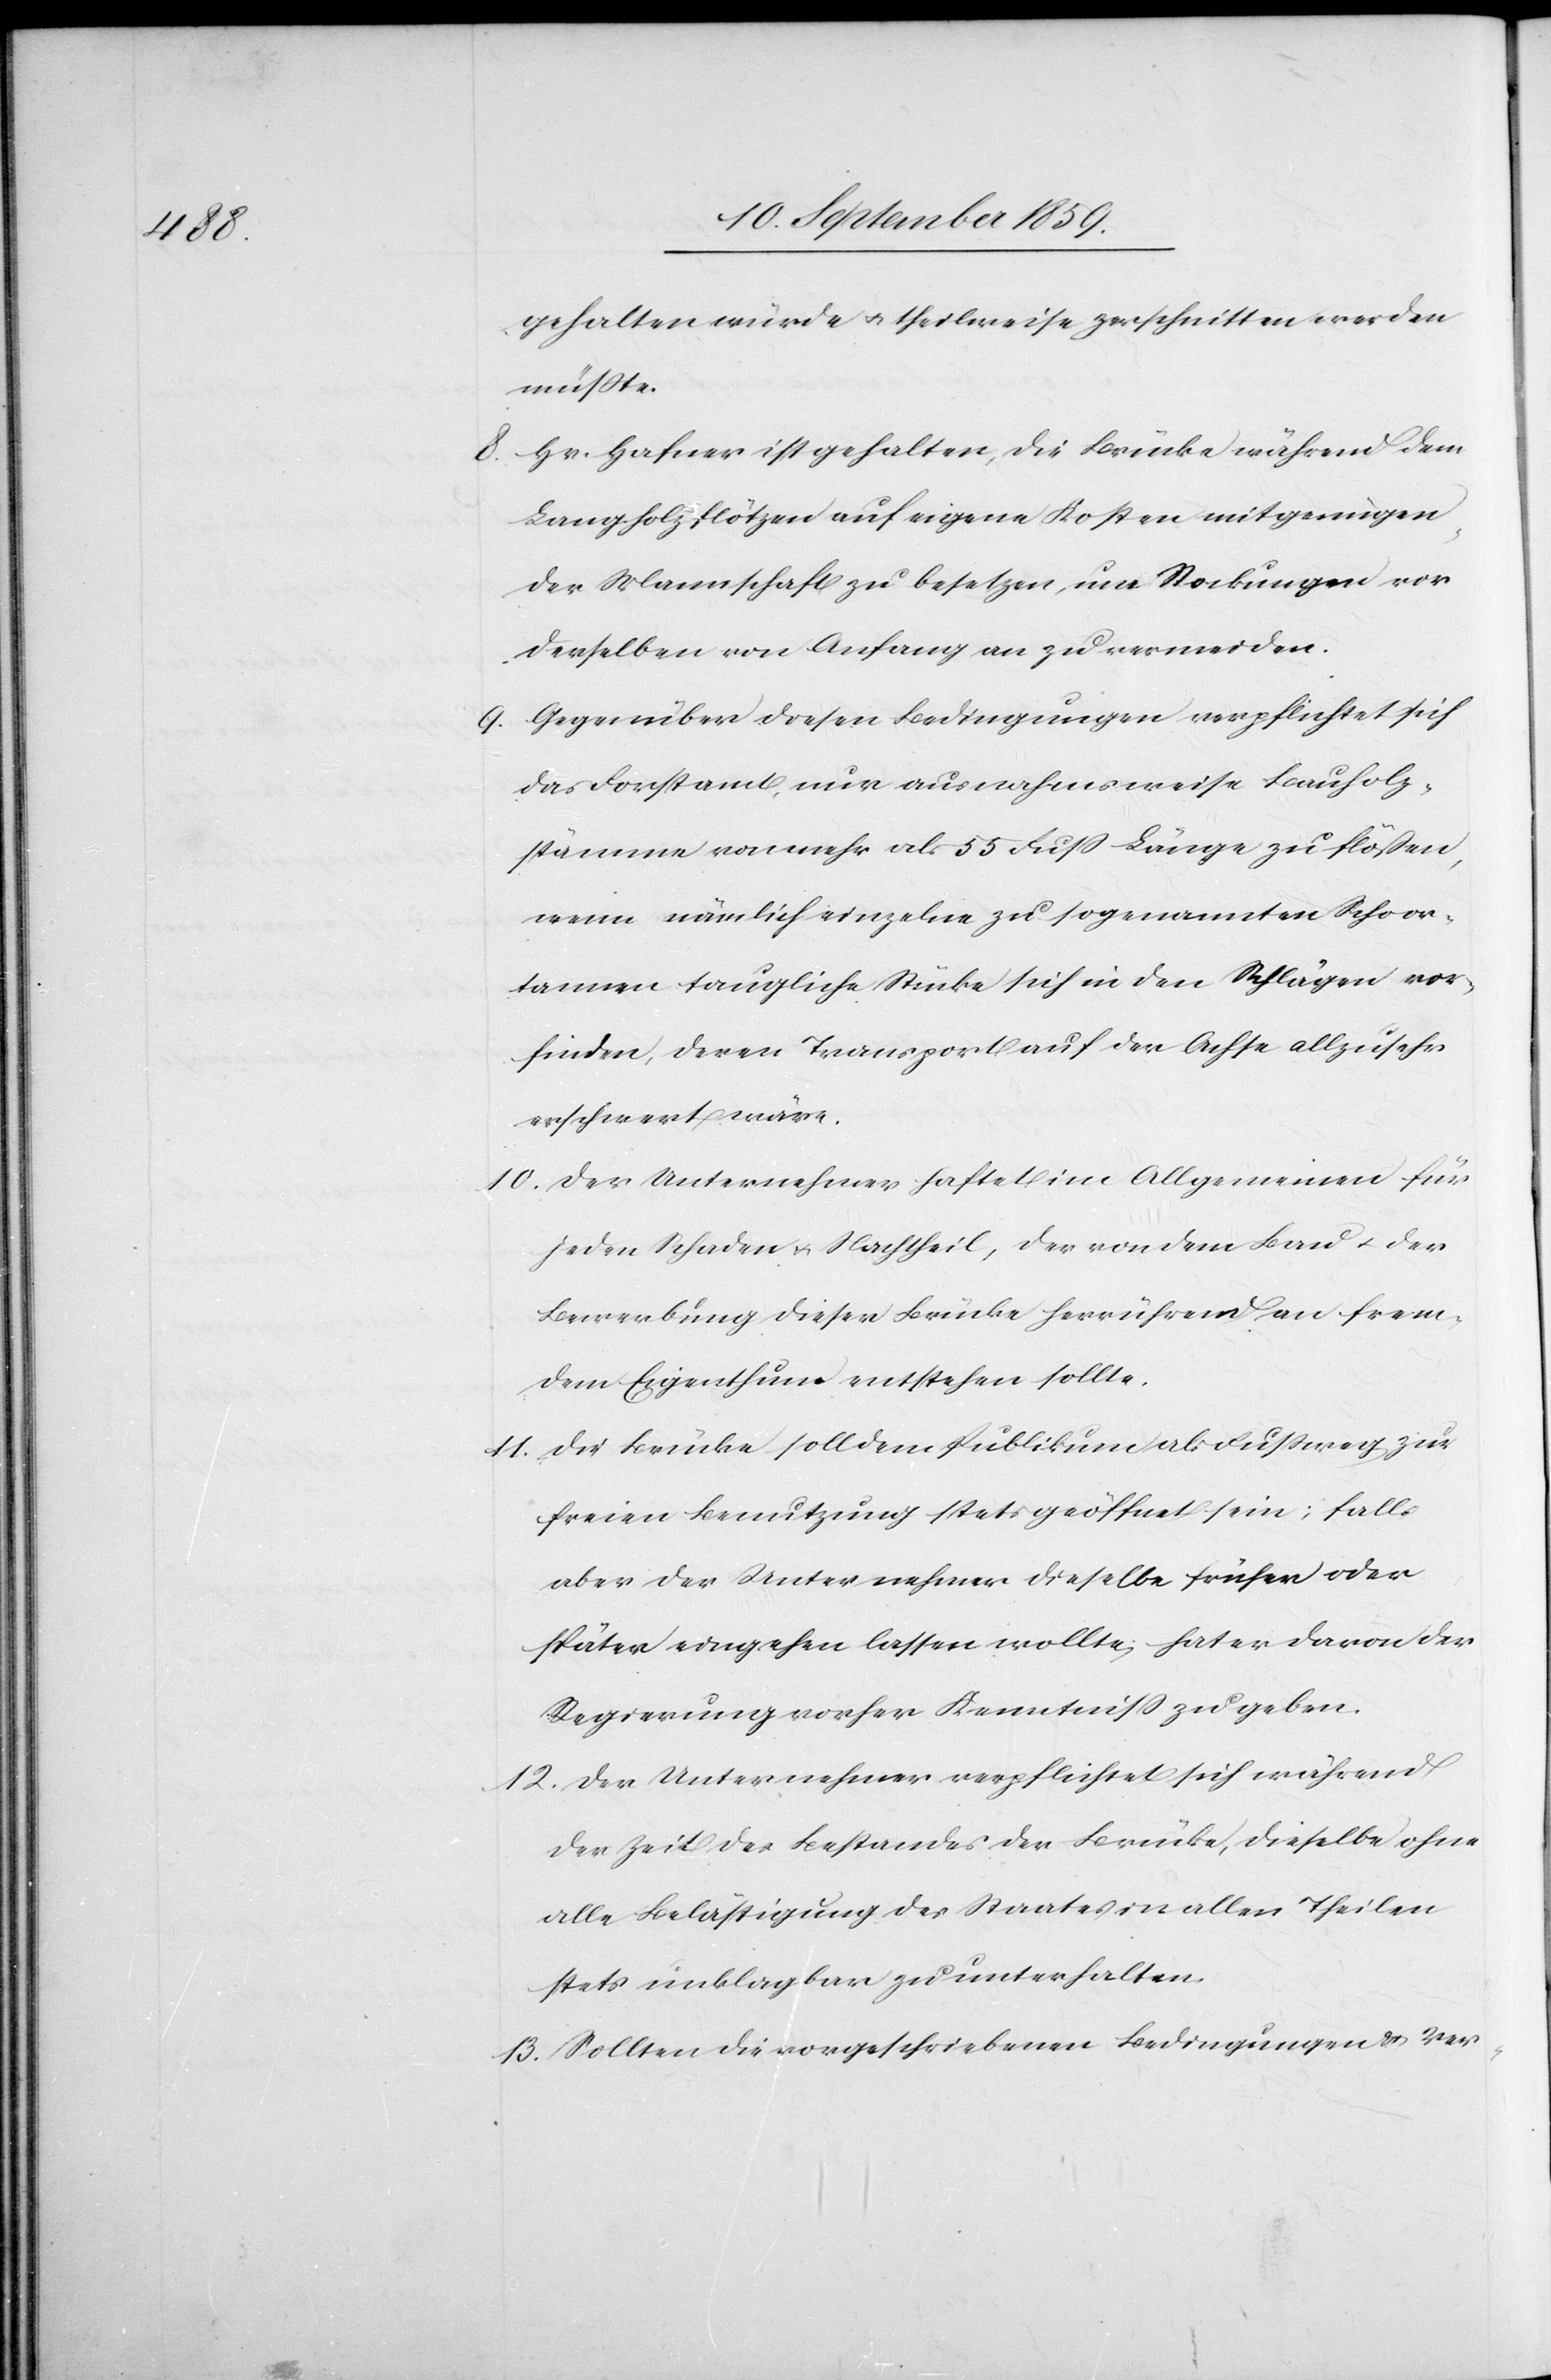
gehalten würde & theilweise zerschnitten werden
müßte.
8. Hr. Hafner ist gehalten, die Brücke während dem
Langholzflötzen auf eigene Kosten mit genügen¬
der Mannschaft zu besetzen, um Stockungen vor
derselben von Anfang an zu vermeiden.
9. Gegenüber diesen Bedingungen verpflichtet sich
das Forstamt, nur ausnahmsweise Bauholz¬
stämme von mehr als 55 Fuß Länge zu flößen,
wenn nämlich einzelne zu sogenannten Schoor¬
tannen taugliche Stücke sich in den Schlägen vor¬
finden, deren Transport auf der Achte [sic!] allzusehr
erschwert wäre.
10. Der Unternehmer haftet im Allgemeinen für
jeden Schaden & Nachtheil, der von dem Bau & der
Bewerbung dieser Brücke herrührend an frem¬
dem Eigenthume entstehen sollte.
11. Die Brücke soll dem Publikum als Fußweg zur
freien Benutzung stets geöffnet sein; falls
aber der Unternehmer dieselbe früher oder
später eingehen lassen wollte, hat er davon der
Regierung vorher Kenntniß zu geben.
12. Der Unternehmer verpflichtet sich während
der Zeit des Bestandes der Brücke, dieselbe ohne
alle Belästigung des Staates in allen Theilen
stets einklagbar zu unterhalten.
13. Sollten die vorgeschriebenen Bedingungen & Ver-